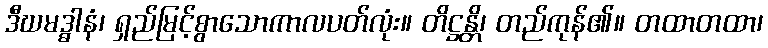
ဒီဃမဒ္ဓါနံ၊ ရှည်မြင့်စွာသောကာလပတ်လုံး။ တိဋ္ဌန္တိ၊ တည်ကုန်၏။ တထာတထာ၊